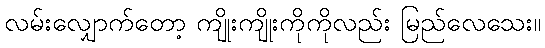
လမ်းလျှောက်တော့ ကျိုးကျိုးကိုကိုလည်း မြည်လေသေး။